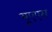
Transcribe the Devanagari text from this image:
यूएएस